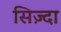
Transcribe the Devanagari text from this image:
सिज़्दा